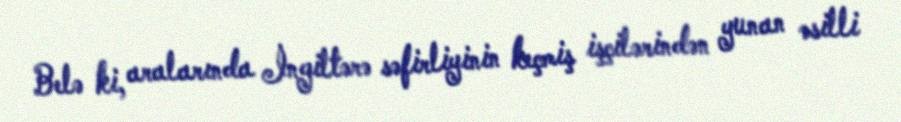
Belə ki, aralarında İngiltərə səfirliyinin keçmiş işçilərindən yunan əsilli